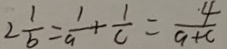
2 \frac { 1 } { b } = \frac { 1 } { a } + \frac { 1 } { c } = \frac { \cdot 4 } { a + c }